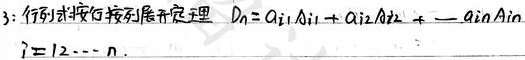
3: 行列式按行按列展开定理 \(D_n = a_{i1}A_{i1} + a_{i2}A_{i2} + \cdots+ a_{in}A_{in}\)
\(i = 1,2,\cdots,n\).